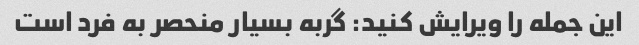
این جمله را ویرایش کنید: گربه بسیار منحصر به فرد است